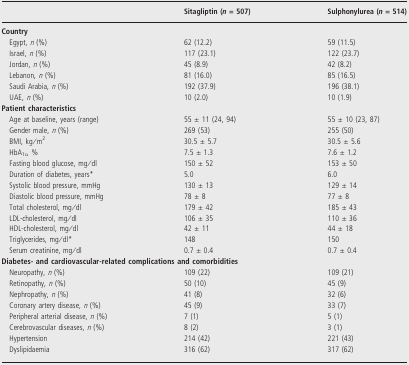
<table><thead><tr><td></td><td><b>Sitagliptin (<i>n</i> = 507)</b></td><td><b>Sulphonylurea (<i>n</i> = 514)</b></td></tr></thead><tbody><tr><td colspan="3"><b>Country</b></td></tr><tr><td> Egypt, <i>n</i> (%)</td><td>62 (12.2)</td><td>59 (11.5)</td></tr><tr><td> Israel, <i>n</i> (%)</td><td>117 (23.1)</td><td>122 (23.7)</td></tr><tr><td> Jordan, <i>n</i> (%)</td><td>45 (8.9)</td><td>42 (8.2)</td></tr><tr><td> Lebanon, <i>n</i> (%)</td><td>81 (16.0)</td><td>85 (16.5)</td></tr><tr><td> Saudi Arabia, <i>n</i> (%)</td><td>192 (37.9)</td><td>196 (38.1)</td></tr><tr><td> UAE, <i>n</i> (%)</td><td>10 (2.0)</td><td>10 (1.9)</td></tr><tr><td colspan="3"><b>Patient characteristics</b></td></tr><tr><td> Age at baseline, years (range)</td><td>55 ± 11 (24, 94)</td><td>55 ± 10 (23, 87)</td></tr><tr><td> Gender male, <i>n</i> (%)</td><td>269 (53)</td><td>255 (50)</td></tr><tr><td> BMI, kg/m<sup>2</sup></td><td>30.5 ± 5.7</td><td>30.5 ± 5.6</td></tr><tr><td> HbA<sub>1c</sub>, %</td><td>7.5 ± 1.3</td><td>7.6 ± 1.2</td></tr><tr><td> Fasting blood glucose, mg/dl</td><td>150 ± 52</td><td>153 ± 50</td></tr><tr><td> Duration of diabetes, years*</td><td>5.0</td><td>6.0</td></tr><tr><td> Systolic blood pressure, mmHg</td><td>130 ± 13</td><td>129 ± 14</td></tr><tr><td> Diastolic blood pressure, mmHg</td><td>78 ± 8</td><td>77 ± 8</td></tr><tr><td> Total cholesterol, mg/dl</td><td>179 ± 42</td><td>185 ± 43</td></tr><tr><td> LDL-cholesterol, mg/dl</td><td>106 ± 35</td><td>110 ± 36</td></tr><tr><td> HDL-cholesterol, mg/dl</td><td>42 ± 11</td><td>44 ± 18</td></tr><tr><td> Triglycerides, mg/dl*</td><td>148</td><td>150</td></tr><tr><td> Serum creatinine, mg/dl</td><td>0.7 ± 0.4</td><td>0.7 ± 0.4</td></tr><tr><td colspan="3"><b>Diabetes- and cardiovascular-related complications and comorbidities</b></td></tr><tr><td> Neuropathy, <i>n</i> (%)</td><td>109 (22)</td><td>109 (21)</td></tr><tr><td> Retinopathy, <i>n</i> (%)</td><td>50 (10)</td><td>45 (9)</td></tr><tr><td> Nephropathy, <i>n</i> (%)</td><td>41 (8)</td><td>32 (6)</td></tr><tr><td> Coronary artery disease, <i>n</i> (%)</td><td>45 (9)</td><td>33 (7)</td></tr><tr><td> Peripheral arterial disease, <i>n</i> (%)</td><td>7 (1)</td><td>5 (1)</td></tr><tr><td> Cerebrovascular diseases, <i>n</i> (%)</td><td>8 (2)</td><td>3 (1)</td></tr><tr><td> Hypertension</td><td>214 (42)</td><td>221 (43)</td></tr><tr><td> Dyslipidaemia</td><td>316 (62)</td><td>317 (62)</td></tr></tbody></table>